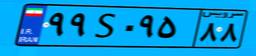
۵۵S۷۵۹۸۷